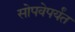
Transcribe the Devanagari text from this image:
सोपवेपर्यंत